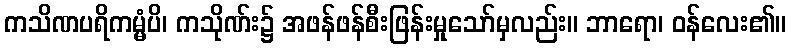
ကသိဏပရိကမ္မံပိ၊ ကသိုဏ်း၌ အဖန်ဖန်စီးဖြန်းမှုသော်မှလည်း။ ဘာရော၊ ဝန်လေး၏။